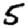
Digit: 5